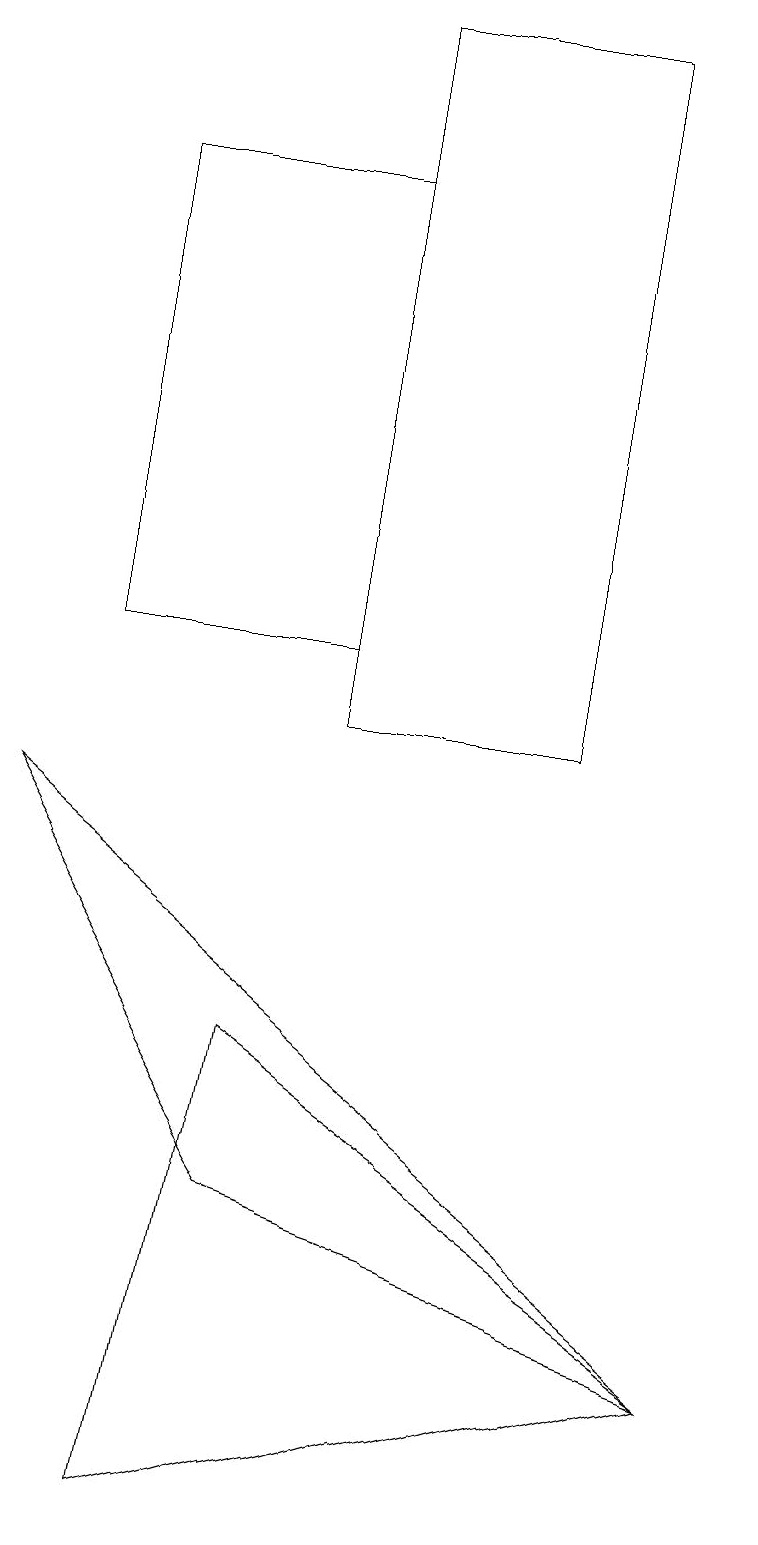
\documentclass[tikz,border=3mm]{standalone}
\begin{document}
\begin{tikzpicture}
\draw (9,2) -- (3,6) -- (2,0) -- cycle;
\draw (1,17) rectangle (4,11);
\draw (7,19) rectangle (4,10);
\draw (3,4) -- (0,9) -- (9,2) -- cycle;
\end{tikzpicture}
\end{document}